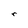
Character: r